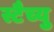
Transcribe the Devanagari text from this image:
स्टैच्यु